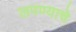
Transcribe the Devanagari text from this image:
लपण्याचे